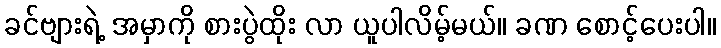
ခင်ဗျားရဲ့ အမှာကို စားပွဲထိုး လာ ယူပါလိမ့်မယ်။ ခဏ စောင့်ပေးပါ။